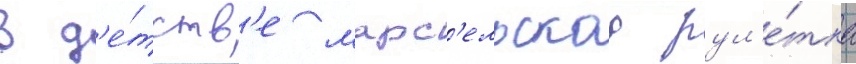
В д'е́тств'е марс'ельскаа рул'е́тка